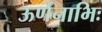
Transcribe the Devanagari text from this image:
ऊर्णनाभिः